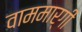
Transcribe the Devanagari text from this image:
वाममार्गी